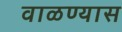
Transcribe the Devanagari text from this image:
वाळण्यास